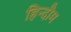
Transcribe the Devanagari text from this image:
हिन्दौम